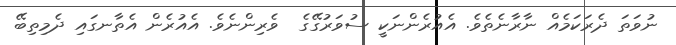
ނުވަތަ ދެރަކަމެއް ނާރާނެތެވެ. އެއުރެންނަކީ ސުވަރުގޭގެ  ވެރިންނެވެ. އެެއުރެން އެތާނގައި ދެމިތިބޭ